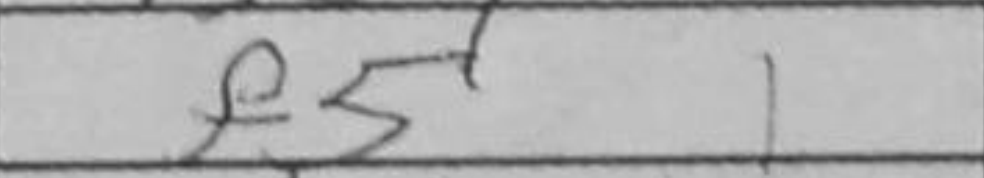
Transcription: f5